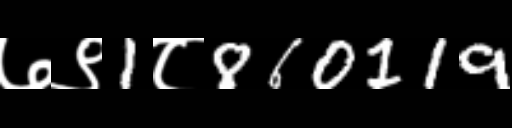
Text: ७९1८860119